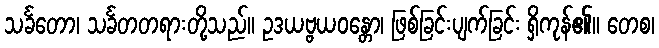
သင်္ခတော၊ သင်္ခတတရားတို့သည်။ ဥဒယဗ္ဗယဝန္တော၊ ဖြစ်ခြင်းပျက်ခြင်း ရှိကုန်၏။ တေစ၊